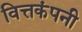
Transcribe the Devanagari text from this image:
वित्तकंपनी